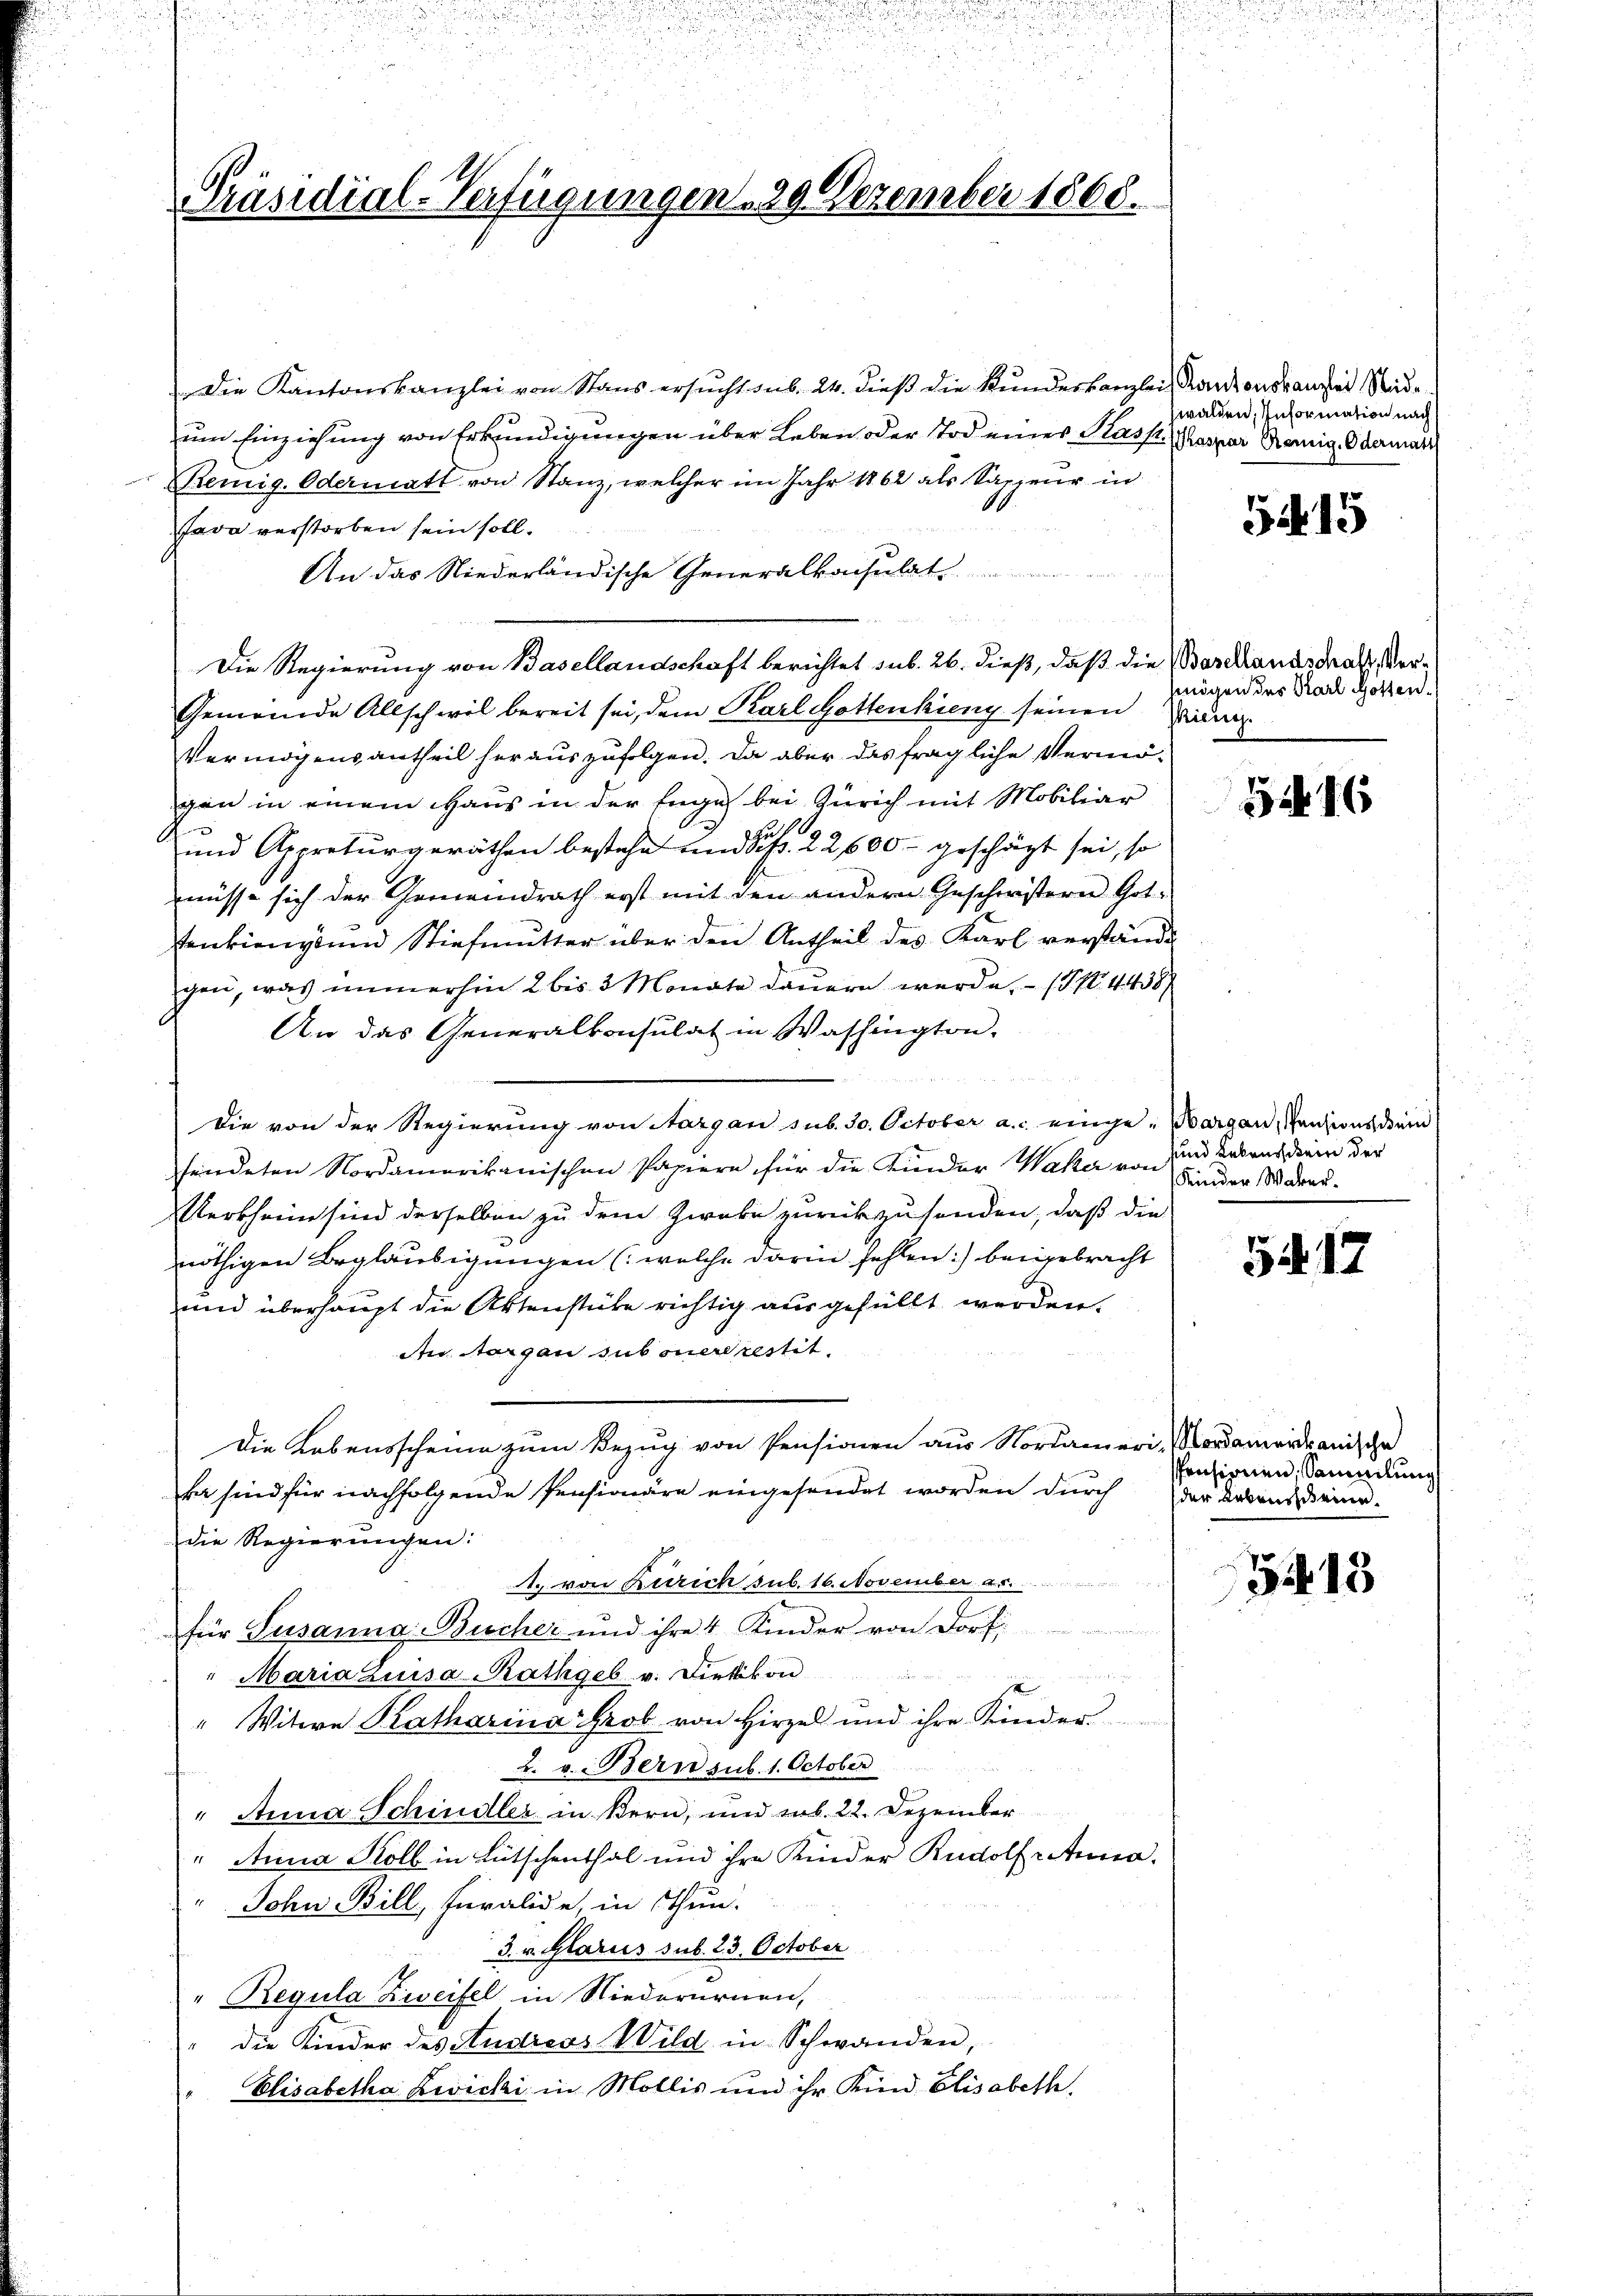
Präsidial-Verfügungen 29. Dezember 1860.

Die Kantonskanzlei von Stans ersucht sub. 24. dieß die Kundeskanzlei Kantonsranzlei Stude
um Einziehung von Erkundigungen über Leben oder Tod eines Klass, Kaspar Reinig. Odermati
Bemig. Odermatt von Stanz, welcher im Jahr 1862 als Sappeur in
Java verstorben sein soll.
An das Niederländische Generalkonsulat
Die Regierung von Basellandschaft berichtet sub. 26. dieß, daß die Barclandstraf, Ver¬
Gemeinde Allschwil bereit sei, dem Karl Gottenkieng seinen Zim
Vermögensantheil herauszufolgen. Da aber das fragliche Vermögen in einem Haus in der Enge bei Zürich mit Mobiliar
x
u 18
und Appraturgeräthen bestehe und Siss. 22600 geschäzt sei, so
müsse sich der Gemeindrath erst mit den andern Geschwistern Got-
tenkieng und Stiefmutter über den Antheil des Karl verstände
gen, was immerhin 2 bis 3 Monate dauern werde. - (G No. 4438/
An das Generalkonsulat in Washington.
Die von der Regierŭng von Aargau sub. 30. October a. einge-Margau, Panzionsdŭni
fendeten Nordamerikanischen Pasiere für die Kinder Waker von Kinder Warau¬
Kerkheim sind derselben zu dem Zwebe zurückzusenden, daß die
nöthigen Beglaubigungen (welche darin fehlen: beigebracht
und überhaupt die Aktenstüke richtig ausgefüllt werden.
An Aargau sub onere restit.
Die Lebensscheine zum Bezug von Pensionen aus Nordameri, Nordamerdanische
ka sind für nachfolgende Pensionäre eingesendet worden durch der Lebenseine.
die Regierungen:
1. von Zürich sub. 16. November 5.
für Susanna Bucher und ihre 4 Kinder von Dorf
Maria Zuisa Rathgeb. v. Dietikon
Meer ge
" Witwe Katharina Grob von Hirzel und ihre Kinder
2. v. Bern sub. 1. October
" Anna Schindler in Bern, und sub. 22. Dezember
" Anna Kolb in Lütschenthal und ihre Kinder Rudolf anna.
"John Bill, Furalide, in Thun.
3. v. Glarus sub. 23. October
" Regula Zweifel in Niederurnen,
die Kinder des Andreas Wild in Schwanden,
Elisabetha Zwicki in Mollis und ihr Kind Elisabethe

walden. Information nach

515

mögen des Karl Gotten.

54. 16

sund Lebruch kein der

51. 17

spensionen, Sammlung

5413